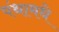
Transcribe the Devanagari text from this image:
पंथामधे